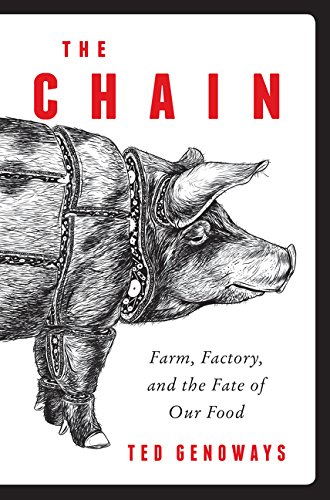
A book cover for The Chain: Farm, Factory, and the Fate of Our Food; Ted Genoways; Cookbooks, Food & Wine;